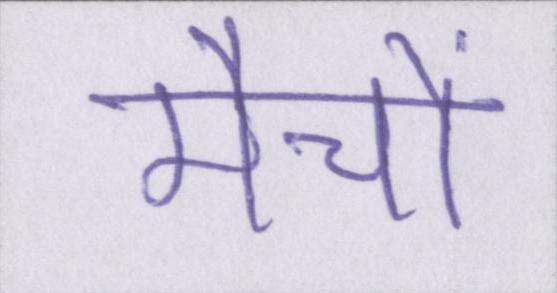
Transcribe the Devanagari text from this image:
मैचों